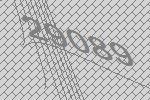
29089